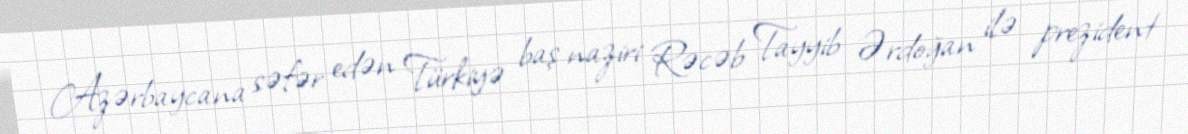
Azərbaycana səfər edən Türkiyə baş naziri Rəcəb Tayyib Ərdoğan ilə prezident